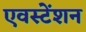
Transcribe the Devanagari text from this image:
एवस्टेंशन